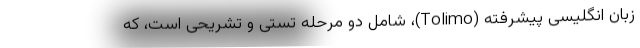
زبان انگلیسی پیشرفته (Tolimo)، شامل دو مرحله تستی و تشریحی است، که